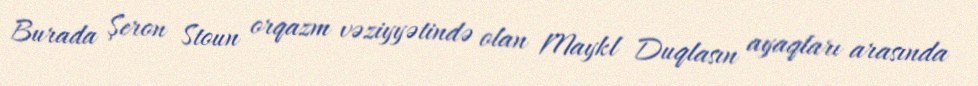
Burada Şeron Stoun orqazm vəziyyətində olan Maykl Duqlasın ayaqları arasında